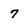
Character: 7